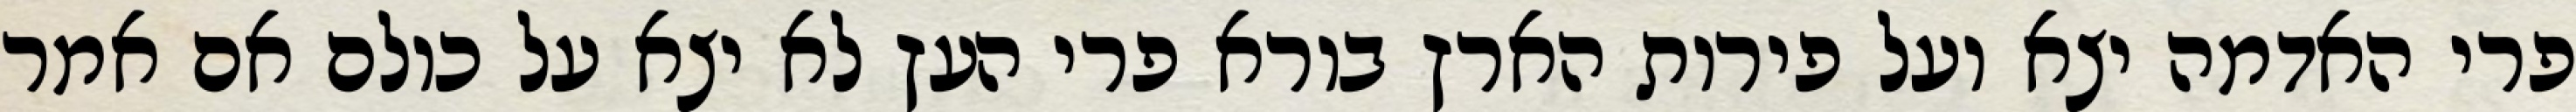
פרי האדמה יצא ועל פירות הארץ בורא פרי העץ לא יצא על כולם אם אמר